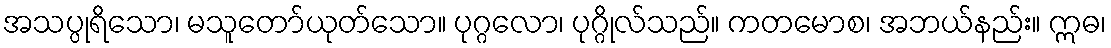
အသပ္ပုရိသော၊ မသူတော်ယုတ်သော။ ပုဂ္ဂလော၊ ပုဂ္ဂိုလ်သည်။ ကတမောစ၊ အဘယ်နည်း။ ဣဓ၊